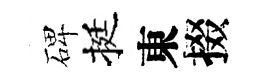
碑挺東掇